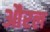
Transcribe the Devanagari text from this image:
औरल